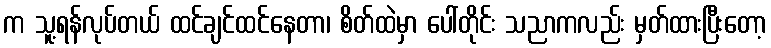
က သူ့ရန်လုပ်တယ် ထင်ချင်ထင်နေတာ၊ စိတ်ထဲမှာ ပေါ်တိုင်း သညာကလည်း မှတ်ထားပြီးတော့